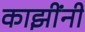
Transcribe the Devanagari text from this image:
काझींनी